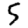
Digit: 5